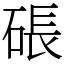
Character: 䂻